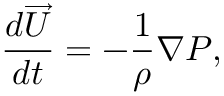
\frac { d \overrightarrow { U } } { d t } = - \frac { 1 } { \rho } \nabla P ,